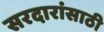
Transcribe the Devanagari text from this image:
सरदारांसाठी